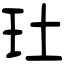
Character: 𤣰